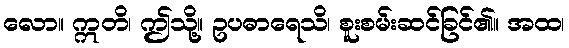
လော။ ဣတိ၊ ဤသို့။ ဥပဓာရေသိ၊ စူးစမ်းဆင်ခြင်၏။ အထ၊